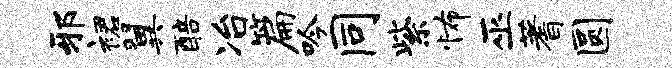
邪裙翼醅冶篇吟同紫怖巫蓍圆